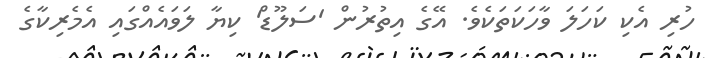
ހުރި އެކި ކަހަލަ ވާހަކަތަކެވެ. އޭގެ އިތުރުން 'ސަލޫޑް' ކިޔާ ލަވައެއްގައި އެމެރިކާގެ